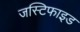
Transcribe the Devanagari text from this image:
जस्टिफाइड